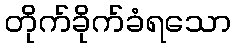
တိုက်ခိုက်ခံရသော